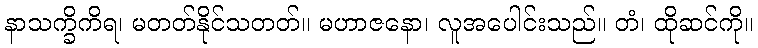
နာသက္ခိကိရ၊ မတတ်နိုင်သတတ်။ မဟာဇနော၊ လူအပေါင်းသည်။ တံ၊ ထိုဆင်ကို။